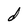
Character: d